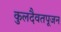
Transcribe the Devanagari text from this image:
कुलदैवतपूजन